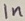
Text: 1n